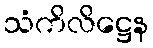
သံကိလိဋ္ဌေန